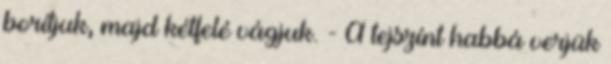
borítjuk, majd kétfelé vágjuk. - A tejszínt habbá verjük